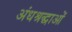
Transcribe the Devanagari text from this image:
अंधश्रद्धाओं